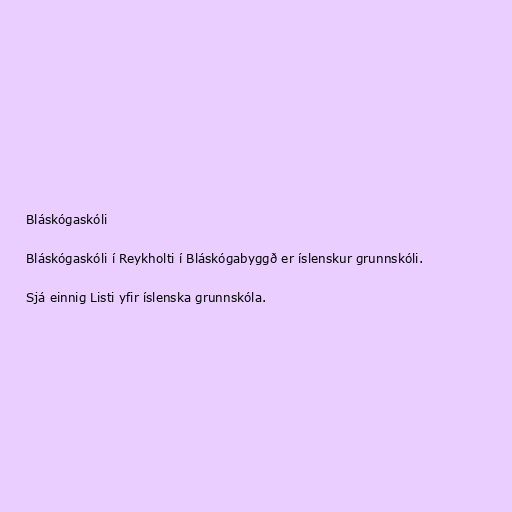
Bláskógaskóli

Bláskógaskóli í Reykholti í Bláskógabyggð er íslenskur grunnskóli.

Sjá einnig Listi yfir íslenska grunnskóla.